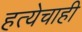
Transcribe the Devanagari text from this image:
हत्येचाही